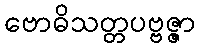
ဗောဓိသတ္တပဗ္ဗဇ္ဇာ